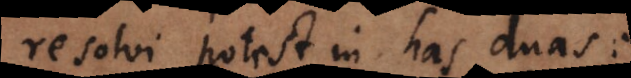
resolvi potest in has duas: